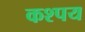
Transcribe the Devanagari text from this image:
कश्पय